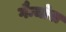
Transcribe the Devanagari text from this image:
गैन्चोस